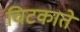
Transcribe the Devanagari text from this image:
चिटकाते